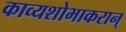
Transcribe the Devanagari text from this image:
काव्यशोभाकरान्